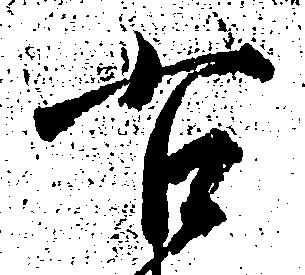
右